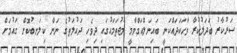
ސަރުކާރު ބަދަލުކުރާ ވާހަކަދައްކަނީ ބައިނަލްއަގްވާމީ މުޖުތަމައުގައި ދިވެހި ދައުލަތުގެ ނަން ކިލަނބުކޮށް ގައުމަށް